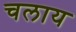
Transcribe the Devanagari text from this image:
चलाय